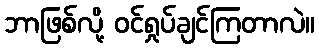
ဘာဖြစ်လို့ ဝင်ရှုပ်ချင်ကြတာလဲ။